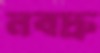
নবদ্রু